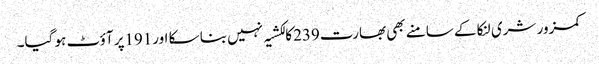
کمزور شری لنکا کے سامنے بھی بھارت239کا لکشیہ نہیں بنا سکا اور191پر آؤٹ ہو گیا۔